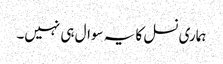
ہماری نسل کا یہ سوال ہی نہیں۔